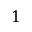
1